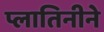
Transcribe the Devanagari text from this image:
प्लातिनीने